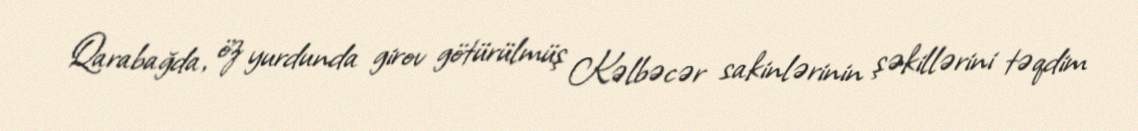
Qarabağda, öz yurdunda girov götürülmüş Kəlbəcər sakinlərinin şəkillərini təqdim